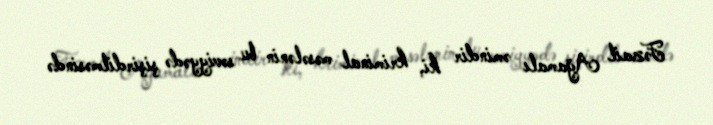
Fəzail Ağamalı əmindir ki, kriminal məsələnin bu səviyyədə şişirdilməsində